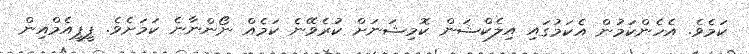
ކަމެވެ. އެހެންކަމުން އެކަމުގައި އިލެކްޝަން ކޮމިޝަނަށް ކުރެވޭނެ ކަމެއް ނޯންނާނެ ކަމަށެވެ. ޕީޕީއެމްއިން